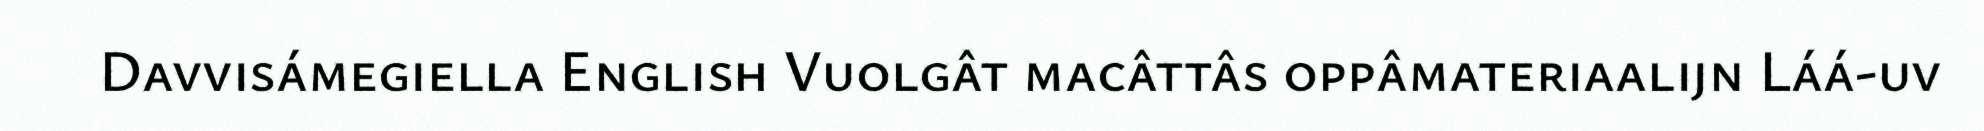
Davvisámegiella English Vuolgât macâttâs oppâmateriaalijn Láá-uv